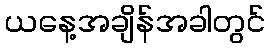
ယနေ့အချိန်အခါတွင်